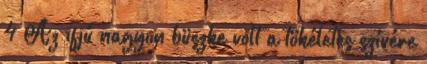
4 Az ifjú nagyon büszke volt a tökéletes szívére